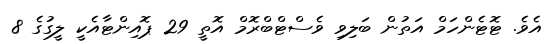
އެވެ. ޓޮޓެންހަމް އަތުން ބަލިވި ވެސްޓްބްރޮމް އޮތީ 29 ޕޮއިންޓާއެކީ ލީގުގެ 8